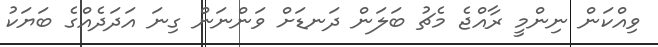
ވިއްކަން ނިންމީ ރާއްޖެ މެޗު ބަލަން ދަނޑަށް ވަންނަން ގިނަ އަދަދެއްގެ ބަޔަކު